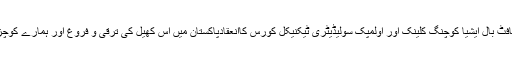
انٹرنیشنل اولمپک کمیٹی اور ورلڈ بیس بال سافٹ بال فیڈریشن کی جانب سے سافٹ بال ایشیا کوچنگ کلینک اور اولمپک سولیڈیٹری ٹیکنیکل کورس کاانعقادپاکستان میں اس کھیل کی ترقی و فروغ اور ہمارے کوچز اور کھلاڑیوں کی صلاحیتوں کوسامنے لانے میں ایک سنگ میل ثابت ہو گا۔